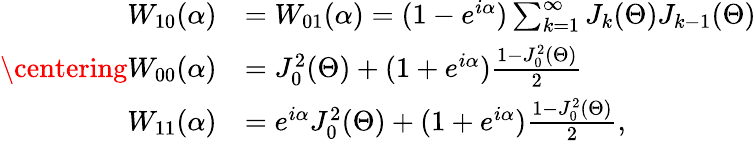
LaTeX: \centering\begin{array}{rl}{W_{10}(\alpha)}&{=W_{01}(\alpha)=(1-e^{i\alpha})\sum_{k=1}^{\infty}J_{k}(\Theta)J_{k-1}(\Theta)}\\ {W_{00}(\alpha)}&{=J_{0}^{2}(\Theta)+(1+e^{i\alpha})\frac{1-J_{0}^{2}(\Theta)}{2}}\\ {W_{11}(\alpha)}&{=e^{i\alpha}J_{0}^{2}(\Theta)+(1+e^{i\alpha})\frac{1-J_{0}^{2}(\Theta)}{2},}\end{array}